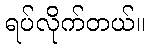
ရပ်လိုက်တယ်။